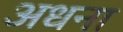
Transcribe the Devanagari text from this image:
अधना